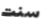
سنت